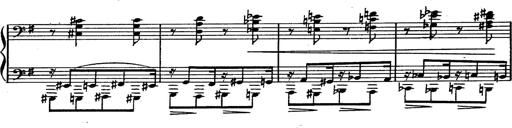
Title: Magyar rapszÃ³diÃ¡k
Composer: Franz Liszt